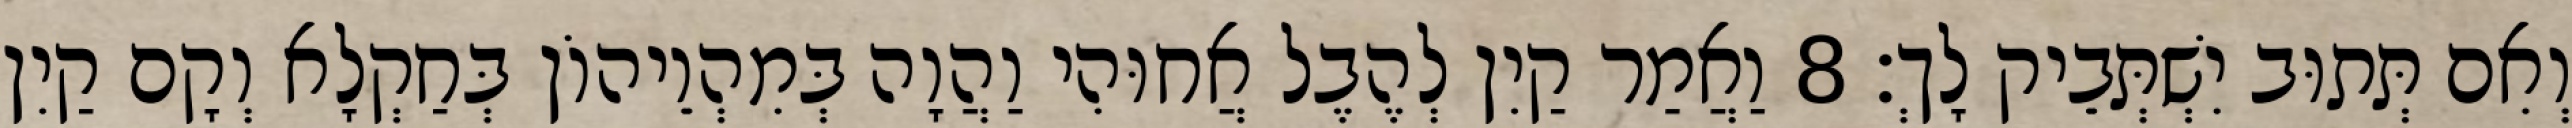
וְאִם תְּתוּב יִשְׁתְּבֵיק לָךְ׃ 8 וַאֲמַר קַיִן לְהֶבֶל אֲחוּהִי וַהֲוָה בְּמִהְוֵיהוֹן בְּחַקְלָא וְקָם קַיִן